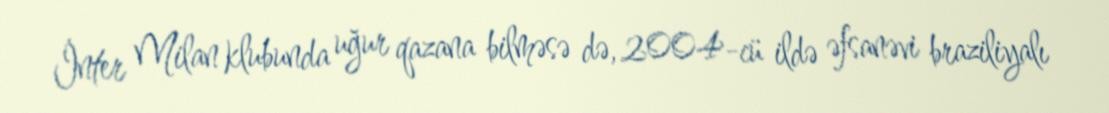
İnter Milan klubunda uğur qazana bilməsə də, 2004-cü ildə əfsanəvi braziliyalı